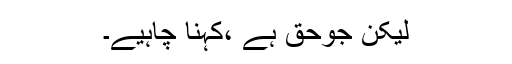
لیکن جوحق ہے ،کہنا چاہیے۔